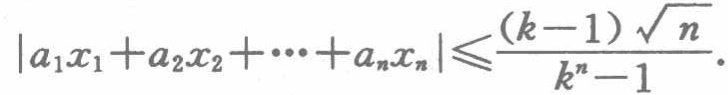
\(\left|a_{1}x_{1}+a_{2}x_{2}+\cdots +a_{n}x_{n}\right|\leqslant\frac{(k - 1)\sqrt{n}}{k^{n}-1}.\)